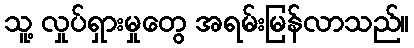
သူ့ လှုပ်ရှားမှုတွေ အရမ်းမြန်လာသည်။